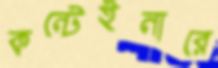
কন্টেইনারে